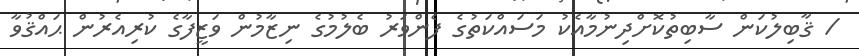
/ ޤާބިލުކަން ސާބިތުކޮށްދިނުމާއެކު މަސައްކަތުގެ ފެންވަރު ބެލުމުގެ ނިޒާމުން ވަޒީފާގެ ކުރިއެރުން ޙައްޤުވާ